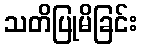
သတိပြုမိခြင်း